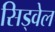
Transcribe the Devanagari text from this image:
सिड्वेल